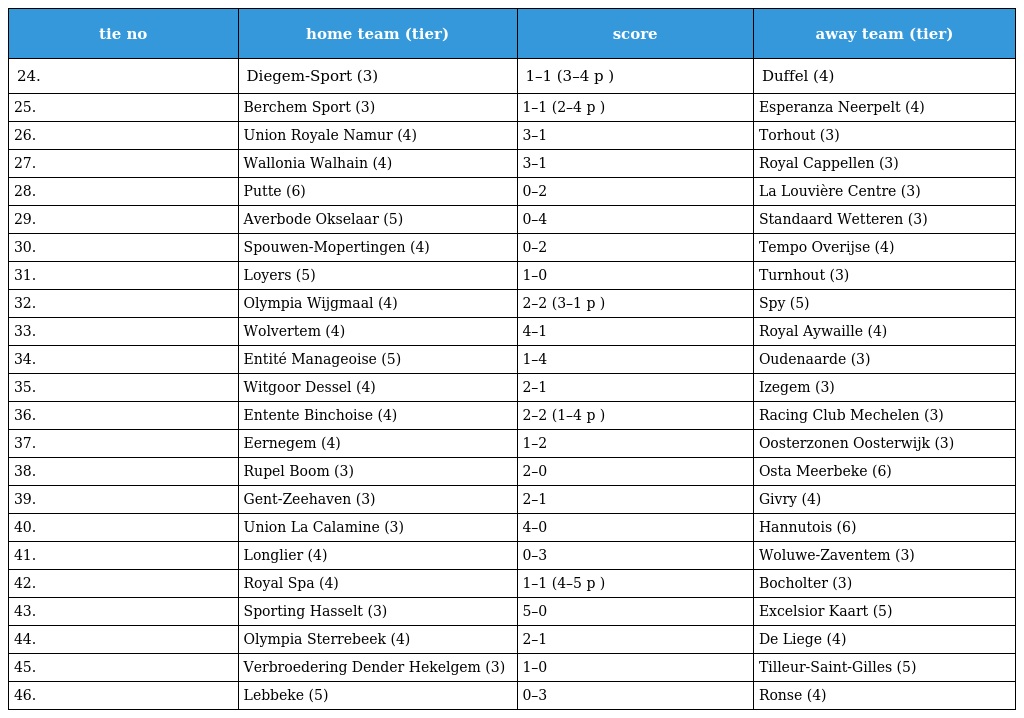
| tie no | home team (tier) | score | away team (tier) |
 | --- | --- | --- | --- |
 | 24. | Diegem-Sport (3) | 1–1 (3–4 p ) | Duffel (4) |
 | 25. | Berchem Sport (3) | 1–1 (2–4 p ) | Esperanza Neerpelt (4) |
 | 26. | Union Royale Namur (4) | 3–1 | Torhout (3) |
 | 27. | Wallonia Walhain (4) | 3–1 | Royal Cappellen (3) |
 | 28. | Putte (6) | 0–2 | La Louvière Centre (3) |
 | 29. | Averbode Okselaar (5) | 0–4 | Standaard Wetteren (3) |
 | 30. | Spouwen-Mopertingen (4) | 0–2 | Tempo Overijse (4) |
 | 31. | Loyers (5) | 1–0 | Turnhout (3) |
 | 32. | Olympia Wijgmaal (4) | 2–2 (3–1 p ) | Spy (5) |
 | 33. | Wolvertem (4) | 4–1 | Royal Aywaille (4) |
 | 34. | Entité Manageoise (5) | 1–4 | Oudenaarde (3) |
 | 35. | Witgoor Dessel (4) | 2–1 | Izegem (3) |
 | 36. | Entente Binchoise (4) | 2–2 (1–4 p ) | Racing Club Mechelen (3) |
 | 37. | Eernegem (4) | 1–2 | Oosterzonen Oosterwijk (3) |
 | 38. | Rupel Boom (3) | 2–0 | Osta Meerbeke (6) |
 | 39. | Gent-Zeehaven (3) | 2–1 | Givry (4) |
 | 40. | Union La Calamine (3) | 4–0 | Hannutois (6) |
 | 41. | Longlier (4) | 0–3 | Woluwe-Zaventem (3) |
 | 42. | Royal Spa (4) | 1–1 (4–5 p ) | Bocholter (3) |
 | 43. | Sporting Hasselt (3) | 5–0 | Excelsior Kaart (5) |
 | 44. | Olympia Sterrebeek (4) | 2–1 | De Liege (4) |
 | 45. | Verbroedering Dender Hekelgem (3) | 1–0 | Tilleur-Saint-Gilles (5) |
 | 46. | Lebbeke (5) | 0–3 | Ronse (4) |